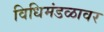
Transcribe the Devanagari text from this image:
विधिमंडळावर